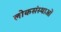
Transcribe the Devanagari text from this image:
लोकसंस्थाओं